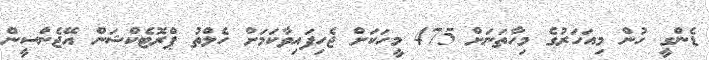
ޑެންގީ ހުން މިއަހަރުގެ މިހާތަނަށް 475 މީހަކަށް ޖެހިފައިވާކަމަށް ހެލްތު ޕްރޮޓެކްޝަން އޭޖެންސީން